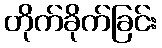
တိုက်ခိုက်ခြင်း